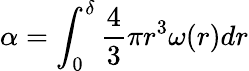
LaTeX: \alpha=\int_{0}^{\delta}\frac{4}{3}\pi r^{3}\omega(r)dr